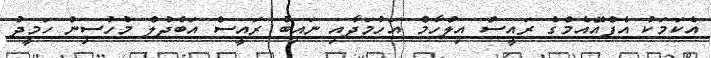
އެކަމަކު އެފްއޭއެމްގެ ރައީސް އިލްހާމް އަހުމަދާއި ނައިބު ރައީސް އަބްދުލް މުހުސިން ހަމީދު